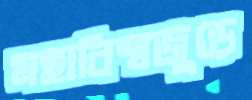
মহাবিশ্বজুড়ে